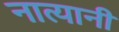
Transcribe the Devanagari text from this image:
नात्यानी